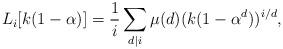
LaTeX: \begin{align*}L_{i}[k(1-\alpha)]=\frac{1}{i}\sum_{d\mid i}\mu(d)(k(1-\alpha^{d}))^{i/d},\end{align*}